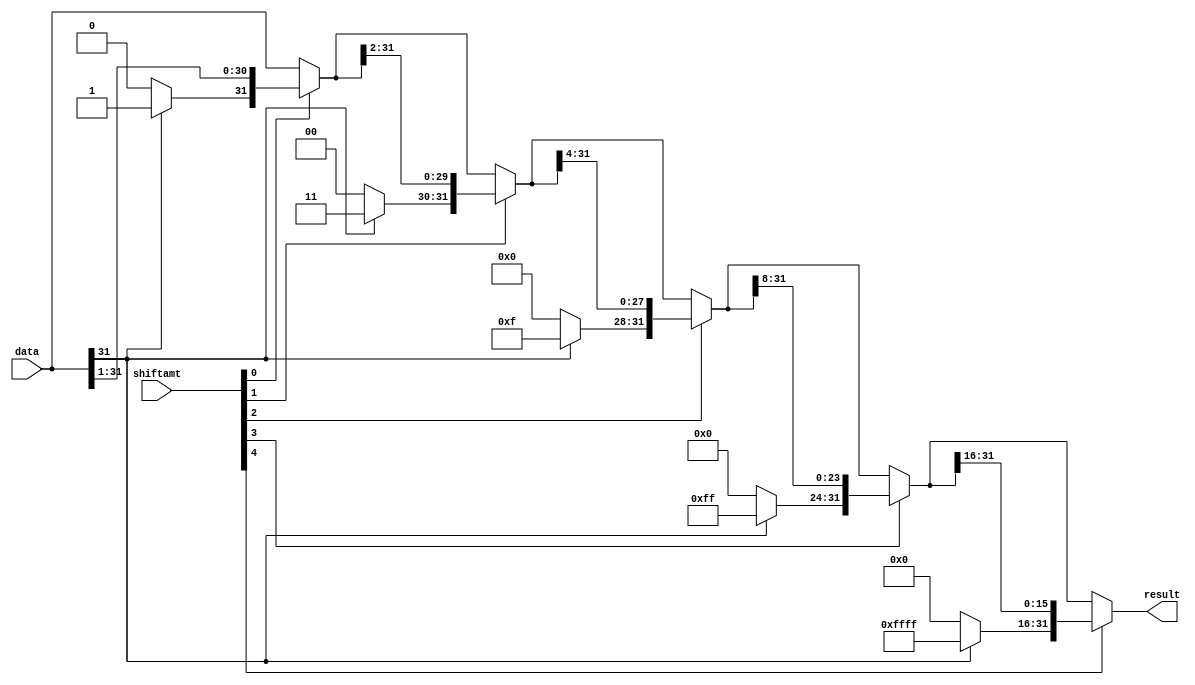
module sra(data, shiftamt, result);
	
	input [31:0] data;    // data input
	input [4:0] shiftamt; // shift amount
	
	output [31:0] result; // output result
	
	wire [31:0] result1, result2, result4, result8; // shift 1/4/8 bit
	
	assign result1 = shiftamt[0] ? {data[31] ? 1'b1     : 1'b0,     data[31:1]}     : data;
	assign result2 = shiftamt[1] ? {data[31] ? 2'b11    : 2'b00,    result1[31:2]}  : result1;
	assign result4 = shiftamt[2] ? {data[31] ? 4'hf     : 4'h0,     result2[31:4]}  : result2;
	assign result8 = shiftamt[3] ? {data[31] ? 8'hff    : 4'h00,    result4[31:8]}  : result4;
	assign result  = shiftamt[4] ? {data[31] ? 16'hffff : 16'h0000, result8[31:16]} : result8;
	
endmodule